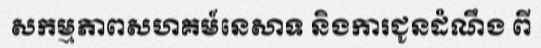
សកម្មភាពសហគម៍នេសាទ និងការជូនដំណឹង ពី